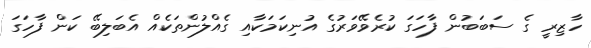
ހާޒިރީ ގެ ސަބަބުން ފާހަގަ ކުރެވޭވަރުގެ އުނިކަމަކާއި ގެއްލުންތަކެއް އެބަލިބޭ ކަން ފާހަގަ